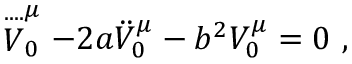
\stackrel { . . . . } V _ { 0 } ^ { \mu } - 2 a \ddot { V } _ { 0 } ^ { \mu } - b ^ { 2 } V _ { 0 } ^ { \mu } = 0 ~ ,